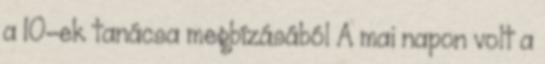
a 10-ek tanácsa megbízásából A mai napon volt a